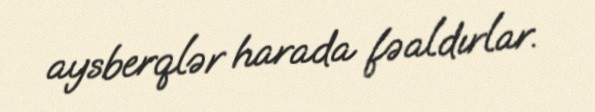
aysberqlər harada fəaldırlar.